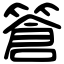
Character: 篬